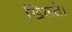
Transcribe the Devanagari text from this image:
खिलते।